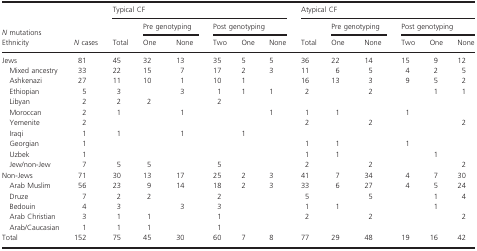
| <ROWSPAN=2> N mutations | <ROWSPAN=3> N cases | <COLSPAN=6> Typical CF | <COLSPAN=6> Atypical CF |
 | <ROWSPAN=2> Total | <COLSPAN=2> Pre genotyping | <COLSPAN=3> Post genotyping | <ROWSPAN=2> Total | <COLSPAN=2> Pre genotyping | <COLSPAN=3> Post genotyping |
 | Ethnicity | One | None | Two | One | None | One | None | Two | One | None |
 | --- | --- | --- | --- | --- | --- | --- | --- | --- | --- | --- | --- | --- | --- |
 | Jews | 81 | 45 | 32 | 13 | 35 | 5 | 5 | 36 | 22 | 14 | 15 | 9 | 12 |
 | Mixed ancestry | 33 | 22 | 15 | 7 | 17 | 2 | 3 | 11 | 6 | 5 | 4 | 2 | 5 |
 | Ashkenazi | 27 | 11 | 10 | 1 | 10 | 1 |  | 16 | 13 | 3 | 9 | 5 | 2 |
 | Ethiopian | 5 | 3 |  | 3 | 1 | 1 | 1 | 2 |  | 2 |  | 1 | 1 |
 | Libyan | 2 | 2 | 2 |  | 2 |  |  |  |  |  |  |  |  |
 | Moroccan | 2 | 1 |  | 1 |  |  | 1 | 1 | 1 |  | 1 |  |  |
 | Yemenite | 2 |  |  |  |  |  |  | 2 |  | 2 |  |  | 2 |
 | Iraqi | 1 | 1 |  | 1 |  | 1 |  |  |  |  |  |  |  |
 | Georgian | 1 |  |  |  |  |  |  | 1 | 1 |  | 1 |  |  |
 | Uzbek | 1 |  |  |  |  |  |  | 1 | 1 |  |  | 1 |  |
 | Jew/non‐Jew | 7 | 5 | 5 |  | 5 |  |  | 2 |  | 2 |  |  | 2 |
 | Non‐Jews | 71 | 30 | 13 | 17 | 25 | 2 | 3 | 41 | 7 | 34 | 4 | 7 | 30 |
 | Arab Muslim | 56 | 23 | 9 | 14 | 18 | 2 | 3 | 33 | 6 | 27 | 4 | 5 | 24 |
 | Druze | 7 | 2 | 2 |  | 2 |  |  | 5 |  | 5 |  | 1 | 4 |
 | Bedouin | 4 | 3 |  | 3 | 3 |  |  | 1 | 1 |  |  | 1 |  |
 | Arab Christian | 3 | 1 | 1 |  | 1 |  |  | 2 |  | 2 |  |  | 2 |
 | Arab/Caucasian | 1 | 1 | 1 |  | 1 |  |  |  |  |  |  |  |  |
 | Total | 152 | 75 | 45 | 30 | 60 | 7 | 8 | 77 | 29 | 48 | 19 | 16 | 42 |